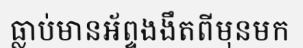
ធ្លាប់មានអ័ព្ទងងឹតពីមុនមក